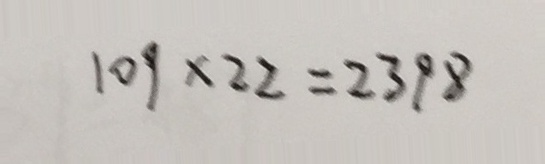
1 0 9 \times 2 2 = 2 3 9 8